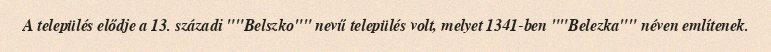
A település elődje a 13. századi ""Belszko"" nevű település volt, melyet 1341-ben ""Belezka"" néven említenek.